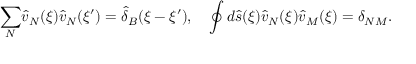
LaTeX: { \sum _ { N } } { \hat { v } _ { N } } ( \xi ) { \hat { v } _ { N } } ( \xi ^ { \prime } ) = { \hat { \delta } _ { B } } ( \xi - \xi ^ { \prime } ) , \quad \oint { d } \hat { s } ( \xi ) { \hat { v } _ { N } } ( \xi ) { \hat { v } _ { M } } ( \xi ) = { \delta _ { N M } } .